Vaccination in the Punjab 1919-1929 - 1919-1929
Year: 1919
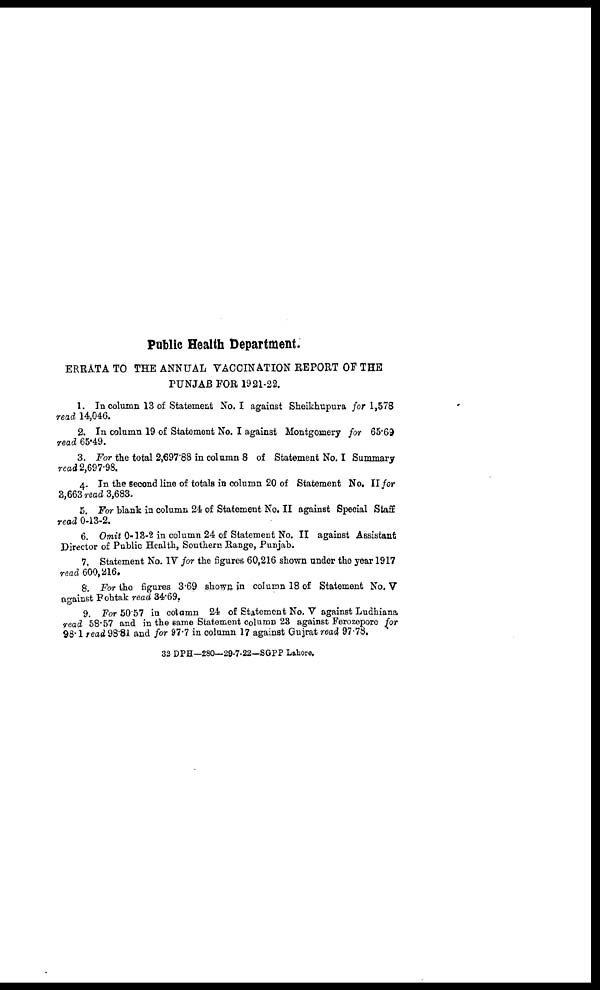
Public Health Department.
ERRATA TO THE ANNUAL VACCINATION REPORT OF THE
PUNJAB FOR 1921-22.
1. In column 13 of Statement No. I against Sheikhupura for 1,578
read 14,046.
2. In column 19 of Statement No. I against Montgomery for 65.69
read 65.49.
3. For the total 2,697.88 in column 8 of Statement No. I Summary
read 2,697.98.
4. In the second line of totals in column 20 of Statement No. II for
3,663 read 3,683.
5. For blank in column 24 of Statement No. II against Special Staff
read 0-13-2.
6. Omit 0-13-2 in column 24 of Statement No. II against Assistant
Director of Public Health, Southern Range, Punjab.
7. Statement No. IV for the figures 60,216 shown under the year 1917
read 600,216.
8. For the figures 3.69 shown in column 18 of Statement No. V
against Rohtak read 34.69.
9. For 50.57 in column 24 of Statement No. V against Ludhiana
read 58.57 and in the same Statement column 23 against Ferozepore for
98.1 read 98.81 and for 97.7 in column 17 against Gujrat read 97.78.
32 DPH—280—29-7-22—SGPP Lahore.